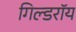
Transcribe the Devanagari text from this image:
गिल्डरॉय